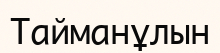
Тайманұлын